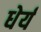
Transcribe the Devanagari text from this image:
धेर्य